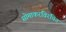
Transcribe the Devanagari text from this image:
सोमाकरविरचित